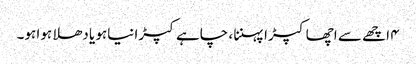
۴ اچھے سے اچھا کپڑا پہننا ، چاہے کپڑا نیاہو یا دھلا ہوا ہو۔